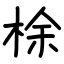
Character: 梌